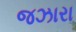
જઝારા